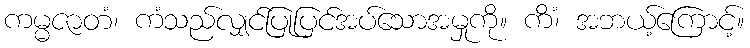
ကမ္မဇာတံ၊ ကံသည်လျှင်ပြုပြင်အပ်သောအမှုကို။ ကိံ၊ အဘယ့်ကြောင့်။